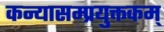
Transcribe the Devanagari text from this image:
कन्यासम्प्रयुक्तकम्